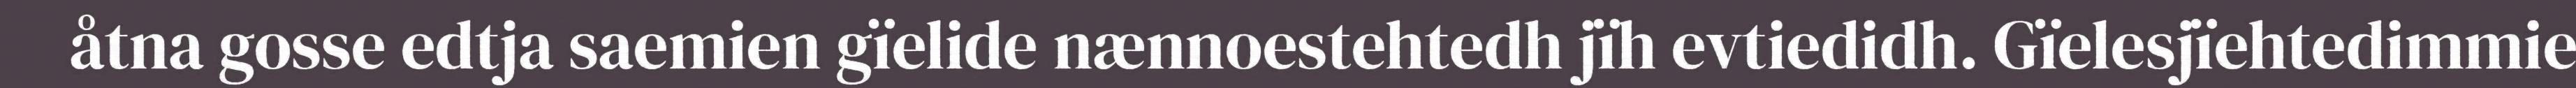
åtna gosse edtja saemien gïelide nænnoestehtedh jïh evtiedidh. Gïelesjïehtedimmie